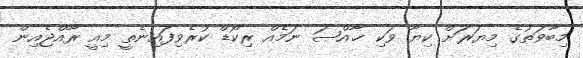
މިބާވަތުގެ މިޔަރަށް ކިޔާ ވަކި ޚާއްޞަ ނަމެއް ރިކޯޑް ކުރެވިފައިނެތީ މިއީ ރާއްޖެއިން